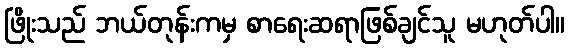
ဖြိုးသည် ဘယ်တုန်းကမှ စာရေးဆရာဖြစ်ချင်သူ မဟုတ်ပါ။